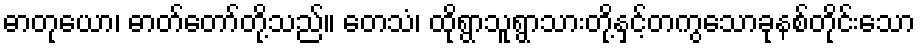
ဓာတုယော၊ ဓာတ်တော်တို့သည်။ တေသံ၊ ထိုရွာသူရွာသားတို့နှင့်တကွသောခုနစ်တိုင်းသော